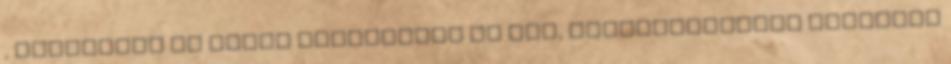
, illetőleg az olyan részvények és más, vállalkozásban fennálló